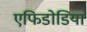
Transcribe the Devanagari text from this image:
एफिडोडिया